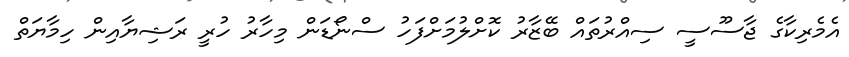
އެމެރިކާގެ ޖާސޫސީ ސިއްރުތައް ބޭޒާރު ކޮށްލުމަށްފަހު ސްނޯޑަން މިހާރު ހުރީ ރަޝިޔާއިން ހިމާޔަތް